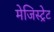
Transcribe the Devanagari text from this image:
मेजिस्ट्रेट